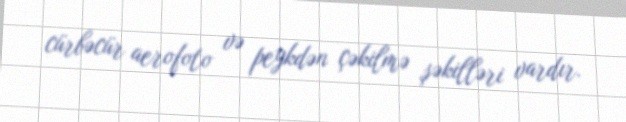
cürbəcür aerofoto və peykdən çəkilmə şəkilləri vardır.